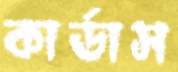
কার্ডাস